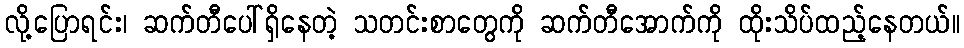
လို့ပြောရင်း၊ ဆက်တီပေါ်ရှိနေတဲ့ သတင်းစာတွေကို ဆက်တီအောက်ကို ထိုးသိပ်ထည့်နေတယ်။